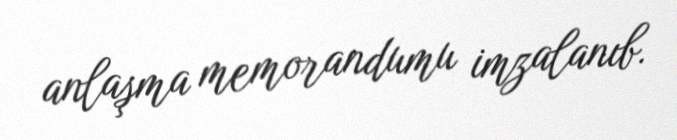
anlaşma memorandumu imzalanıb.